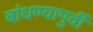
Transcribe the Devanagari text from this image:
बांधण्यापुर्वी